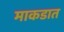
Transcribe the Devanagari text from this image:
माकडात